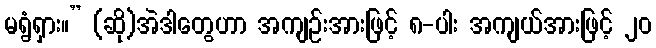
မရွံရှား။” (ဆို)အဲဒါတွေဟာ အကျဉ်းအားဖြင့် ၈-ပါး အကျယ်အားဖြင့် ၂၀